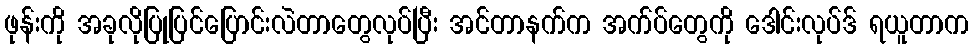
ဖုန်းကို အခုလိုပြုပြင်ပြောင်းလဲတာတွေလုပ်ပြီး အင်တာနက်က အက်ပ်တွေကို ဒေါင်းလုပ်ဒ် ရယူတာက